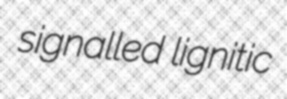
signalled lignitic